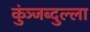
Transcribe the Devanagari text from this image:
कुंञ्जब्दुल्ला